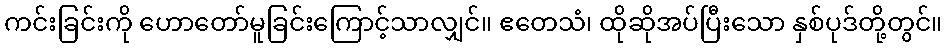
ကင်းခြင်းကို ဟောတော်မူခြင်းကြောင့်သာလျှင်။ ဧတေသံ၊ ထိုဆိုအပ်ပြီးသော နှစ်ပုဒ်တို့တွင်။